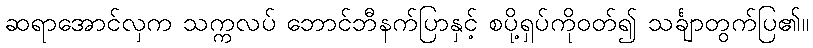
ဆရာအောင်လှက သက္ကလပ် ဘောင်ဘီနက်ပြာနှင့် စပို့ရှပ်ကိုဝတ်၍ သင်္ချာတွက်ပြ၏။